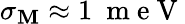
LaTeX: \sigma_{\mathbf{M}}\approx1~\mathrm{{~m~e~V~}}